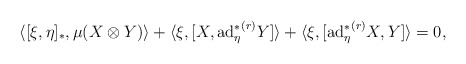
\begin{align*}&\langle [\xi,\eta]_{\ast},\mu(X\otimes Y)\rangle+\langle\xi,[X,{\mathrm{ad}_{\eta}^{\ast}}^{(r)}Y]\rangle+\langle\xi,[{\mathrm{ad}_{\eta}^{\ast}}^{(r)}X,Y]\rangle=0,\end{align*}